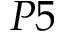
P 5